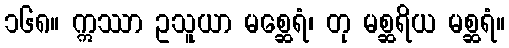
၁၆၈။ ဣဿာ ဥသူယာ မစ္ဆေရံ၊ တု မစ္ဆရိယ မစ္ဆရံ။